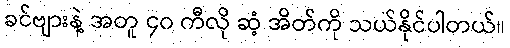
ခင်ဗျားနဲ့ အတူ ၄၀ ကီလို ဆံ့ အိတ်ကို သယ်နိုင်ပါတယ်။